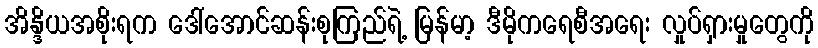
အိန္ဒိယအစိုးရက ဒေါ်အောင်ဆန်းစုကြည်ရဲ့ မြန်မာ့ ဒီမိုကရေစီအရေး လှုပ်ရှားမှုတွေကို